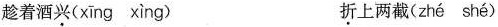
趁着酒\underset{·}{兴}(xīng xing) \underset{·}{折}上两截(zhé shé)